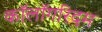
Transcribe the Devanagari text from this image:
कॉलॉगरिदम